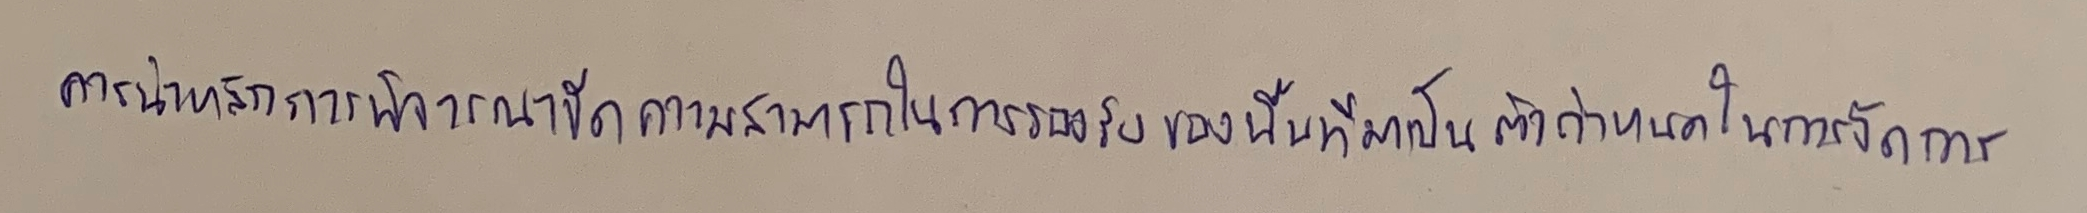
ควรนำหลักการพิจารณาขีดความสามารถในการรองรับของพื้นที่มาเป็นตัวกำหนดในการจัดการ